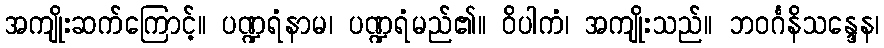
အကျိုးဆက်ကြောင့်။ ပဏ္ဍရံနာမ၊ ပဏ္ဍရံမည်၏။ ဝိပါကံ၊ အကျိုးသည်။ ဘဝင်္ဂနိသန္ဒေန၊